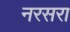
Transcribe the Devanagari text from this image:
नरसरा